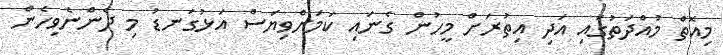
މިއޮތް މުއްދަތުގައި އަދި އިތުރަށް މީހުން ގެނައި ކަމަށްވިޔަސް އަޅުގަނޑު މި ދެންނެވިހެން